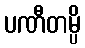
ပဏီတမ္ပိ